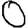
Digit: 0